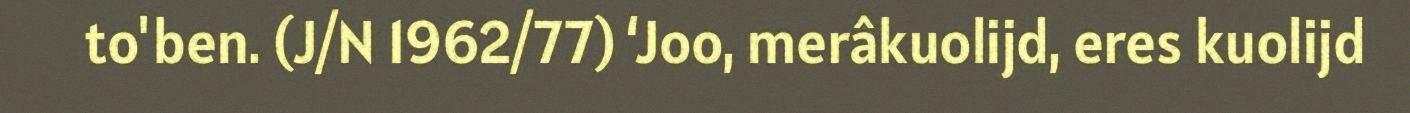
to'ben. (J/N 1962/77) ‘Joo, merâkuolijd, eres kuolijd